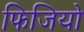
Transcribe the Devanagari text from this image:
फिजियो